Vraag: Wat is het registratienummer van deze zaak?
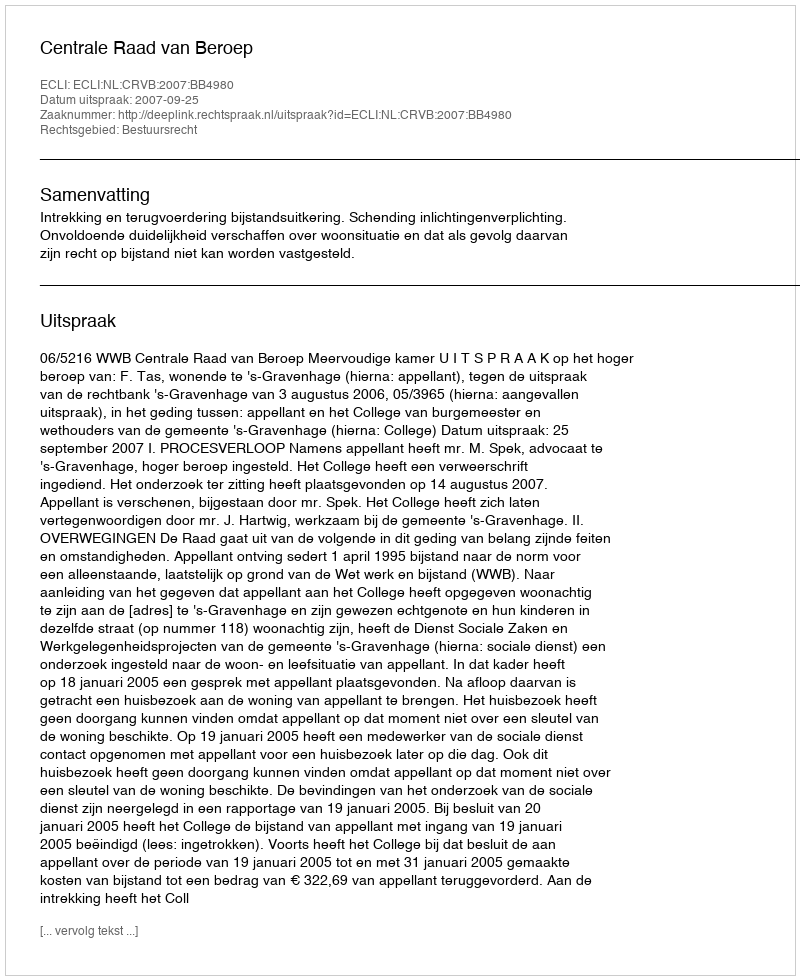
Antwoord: http://deeplink.rechtspraak.nl/uitspraak?id=ECLI:NL:CRVB:2007:BB4980